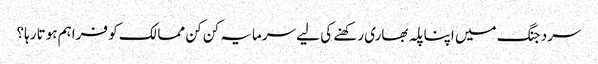
سرد جنگ میں اپنا پلہ بھاری رکھنے کی لیے سرمایہ کن کن ممالک کو فراہم ہوتا رہا؟